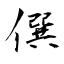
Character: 僎